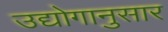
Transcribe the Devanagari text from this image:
उद्योगानुसार